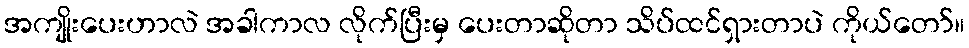
အကျိုးပေးဟာလဲ အခါကာလ လိုက်ပြီးမှ ပေးတာဆိုတာ သိပ်ထင်ရှားတာပဲ ကိုယ်တော်။